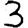
Digit: 3